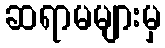
ဆရာမများမှ